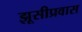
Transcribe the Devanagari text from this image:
झूसीप्रवास